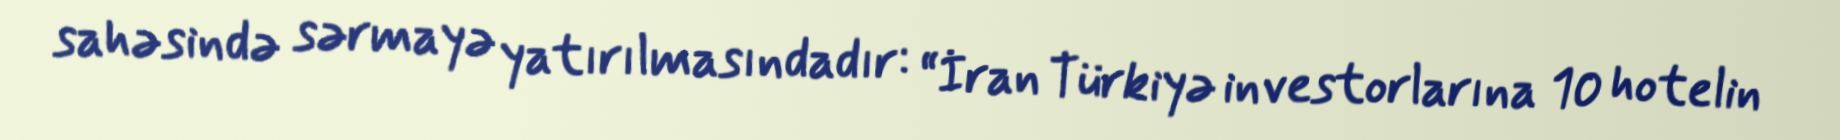
sahəsində sərmayə yatırılmasındadır: “İran Türkiyə investorlarına 10 hotelin